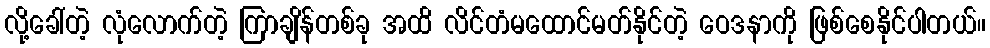
လို့ခေါ်တဲ့ လုံလောက်တဲ့ ကြာချိန်တစ်ခု အထိ လိင်တံမထောင်မတ်နိုင်တဲ့ ဝေဒနာကို ဖြစ်စေနိုင်ပါတယ်။